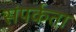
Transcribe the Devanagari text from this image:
संपर्कता